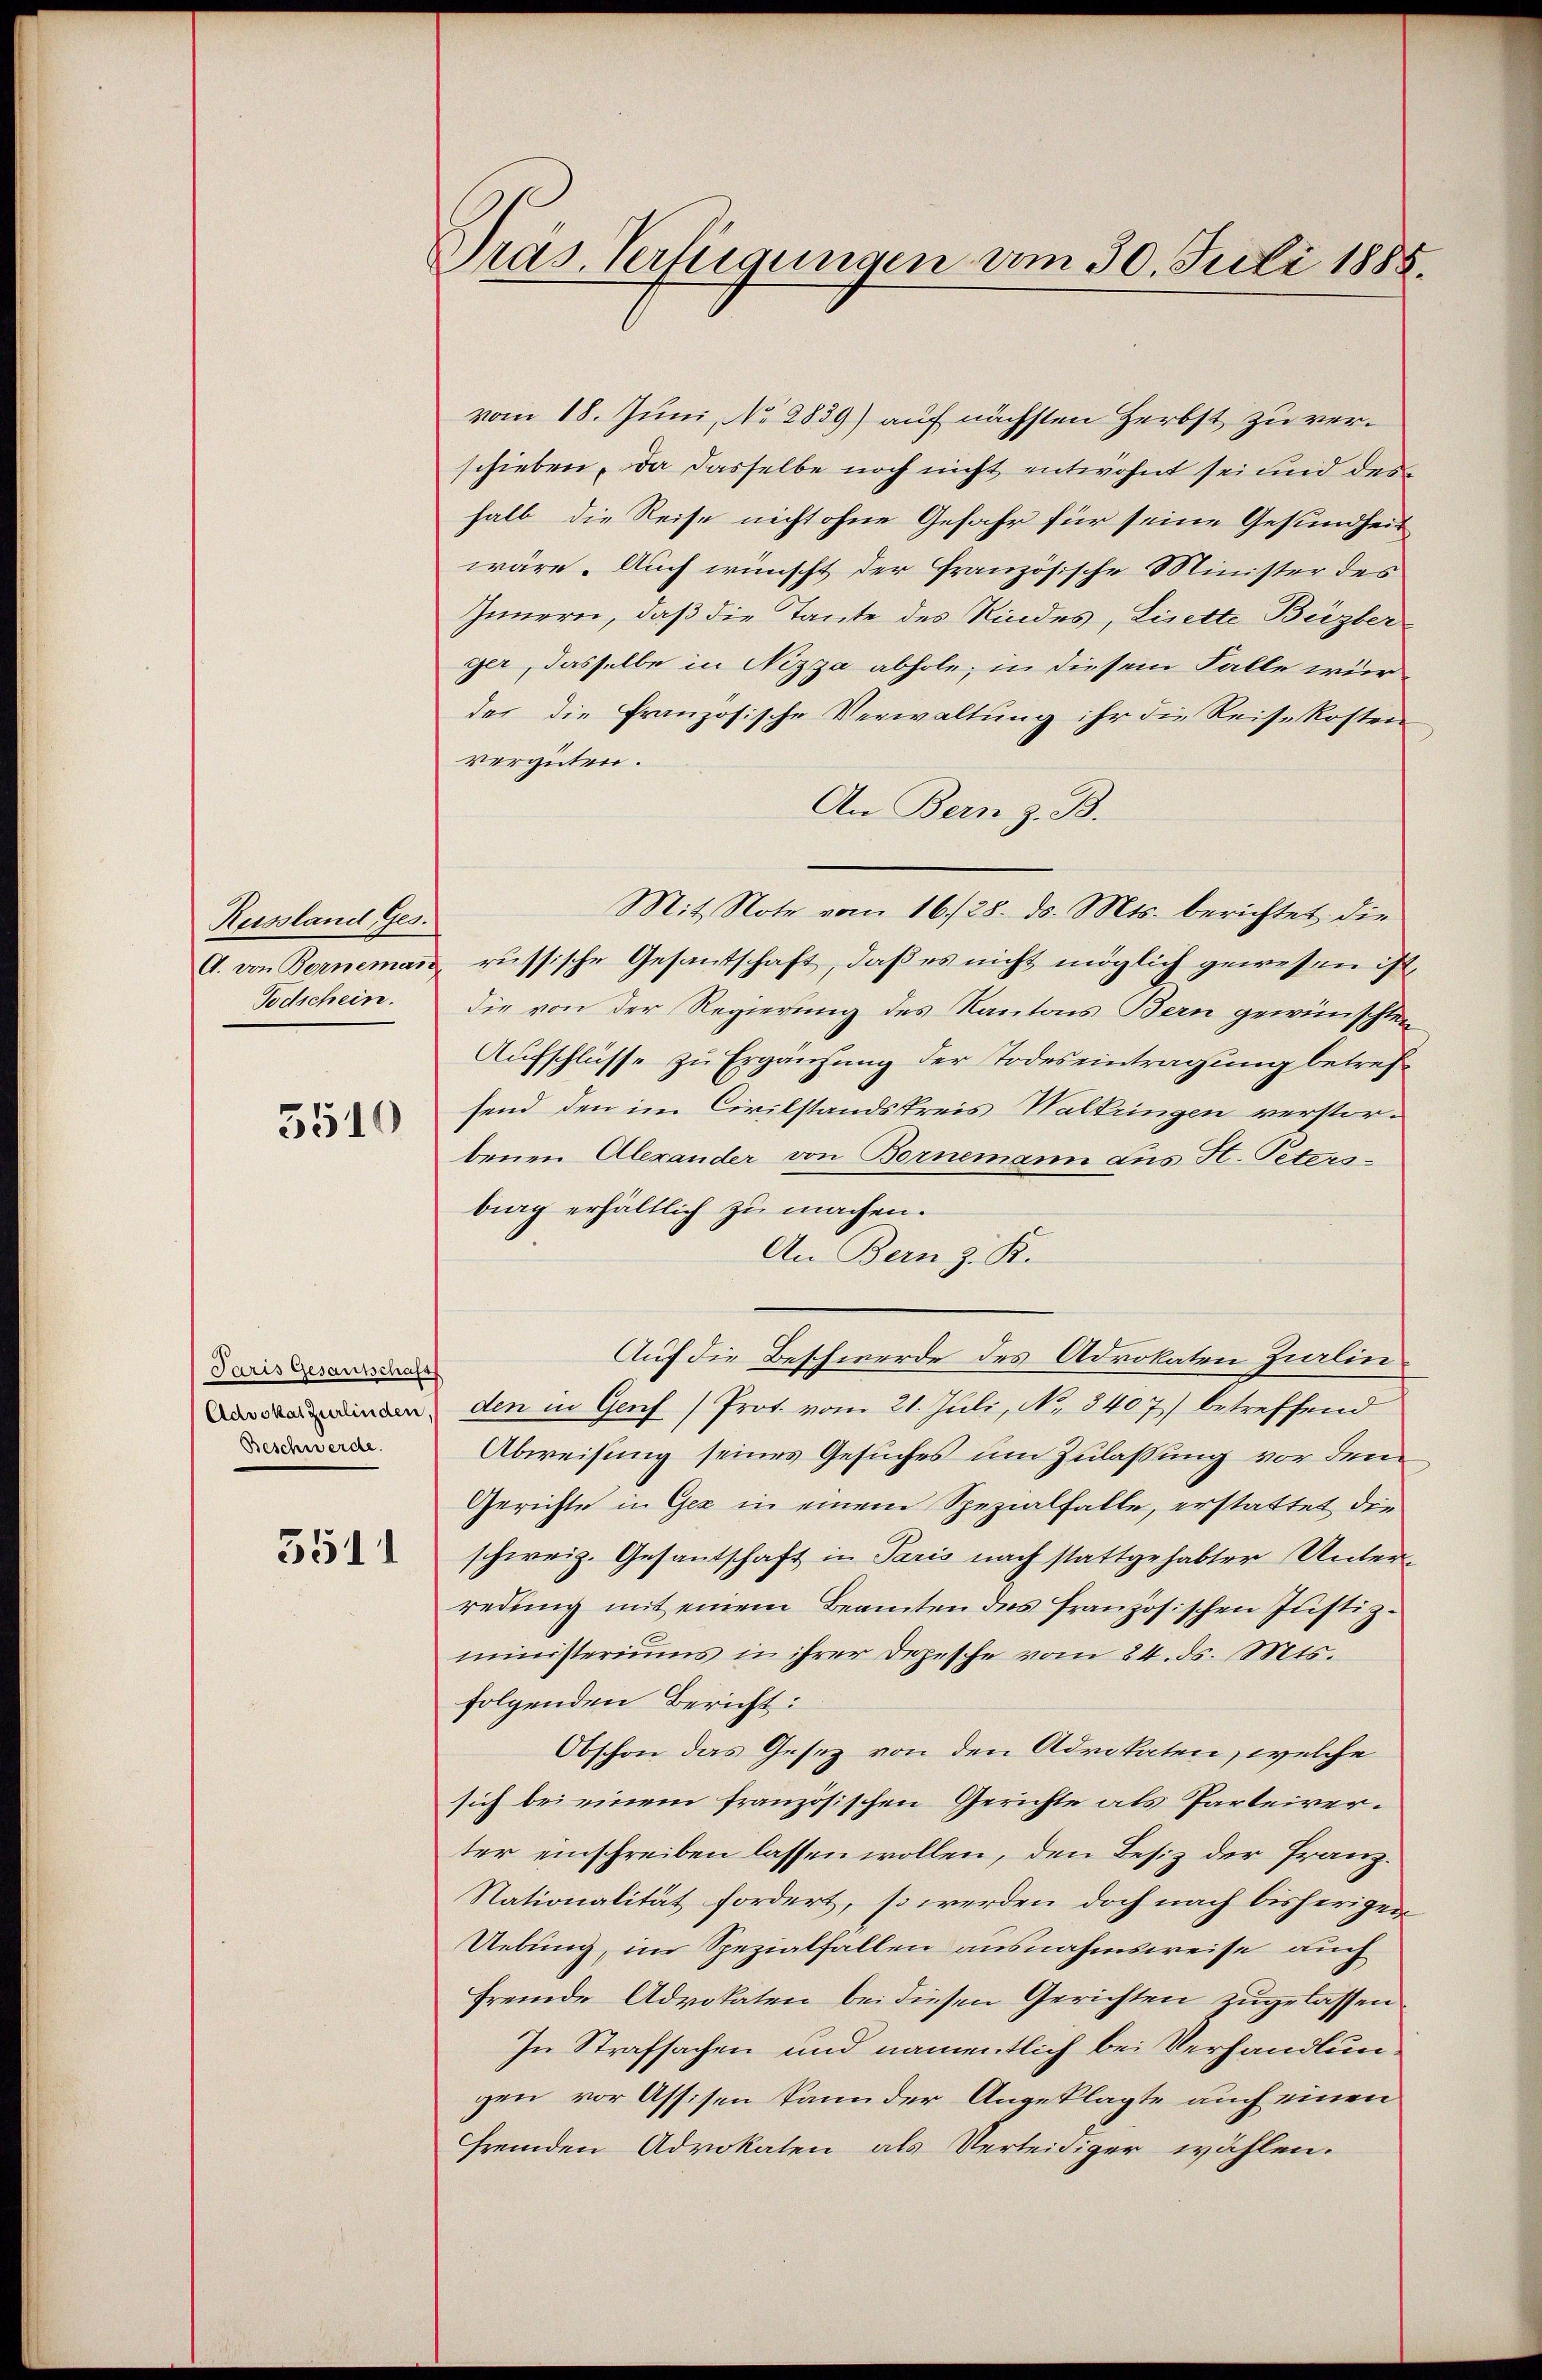
Russland Ges.
Todschein.

3510

Paris Gesantschafts
Advokat zurlinden,
Beschwerde.

3511

Präs. Verfügungen vom 30. Juli 1885.

vom 18. Juni, No 2839) auf nächsten Herbst zu verschieben, da dasselbe noch nicht entwohnt sei und des
halb die Reise nicht ohne Gefahr für seine Gesundheit
wäre. Auch wünscht der französische Minister des
Innern, daß die Tante des Kindes, Lintte Büzber
ger, dasselbe in Nizza abhole, in diesem Falle wür
der die Französische Verwaltung ihr die Reisekosten
vergüten.
An Bern z. B.
Mit Note vom 16/28. ds. Mts. berichtet, die
A. von Berneman, russische Gesantschaft, daß es nicht möglich gewesen ist,
die von der Regierung des Kantons Bern gewünschten
Aufschlüsse zu Ergänzung der Todeseintragung betrefsend den im Civilstandskreis Waltringen verstorbenen Alexander von Bornemann aus St. Petersbing erhältlich zu machen.
An Bern z. B.
Auf die Beschwerde des Advokaten Zilin
den in Genf (Prot. vom 21. Juli, No. 3407) betreffend
Abweisung seines Gesuches um Zulassung vor dem
Gerichte in Gez in einem Spezialfalle, erstattet die
schweiz. Gesantschaft in Paris nach stattgehabter Unterredung mit einem Beamten des französischen Justiz-
ministeriums in ihrer Depesche vom 24. ds. Mts.
folgenden Bericht:
Obschon das Gesez von den Advokaten, welche
sich bei einem französischen Gerichte als Parteirer.
ter einschreiben lassen wollen, den Besitz der Franz¬
Nationalität fordert, so werden doch nach bisherigen
Uebung, im Spezialfallen ausnahmsweise auch
fremde Advokaten bei diesen Gerichten zugelassen
In Strafsachen und namentlich bei Verhandlungen vor Assisen kann der Angeklagte auch einen
fremden Advokaten als Verteidiger wählen.